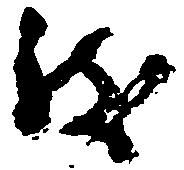
致